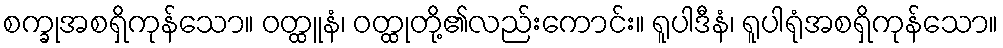
စက္ခုအစရှိကုန်သော။ ဝတ္ထူနံ၊ ဝတ္ထုတို့၏လည်းကောင်း။ ရူပါဒီနံ၊ ရူပါရုံအစရှိကုန်သော။